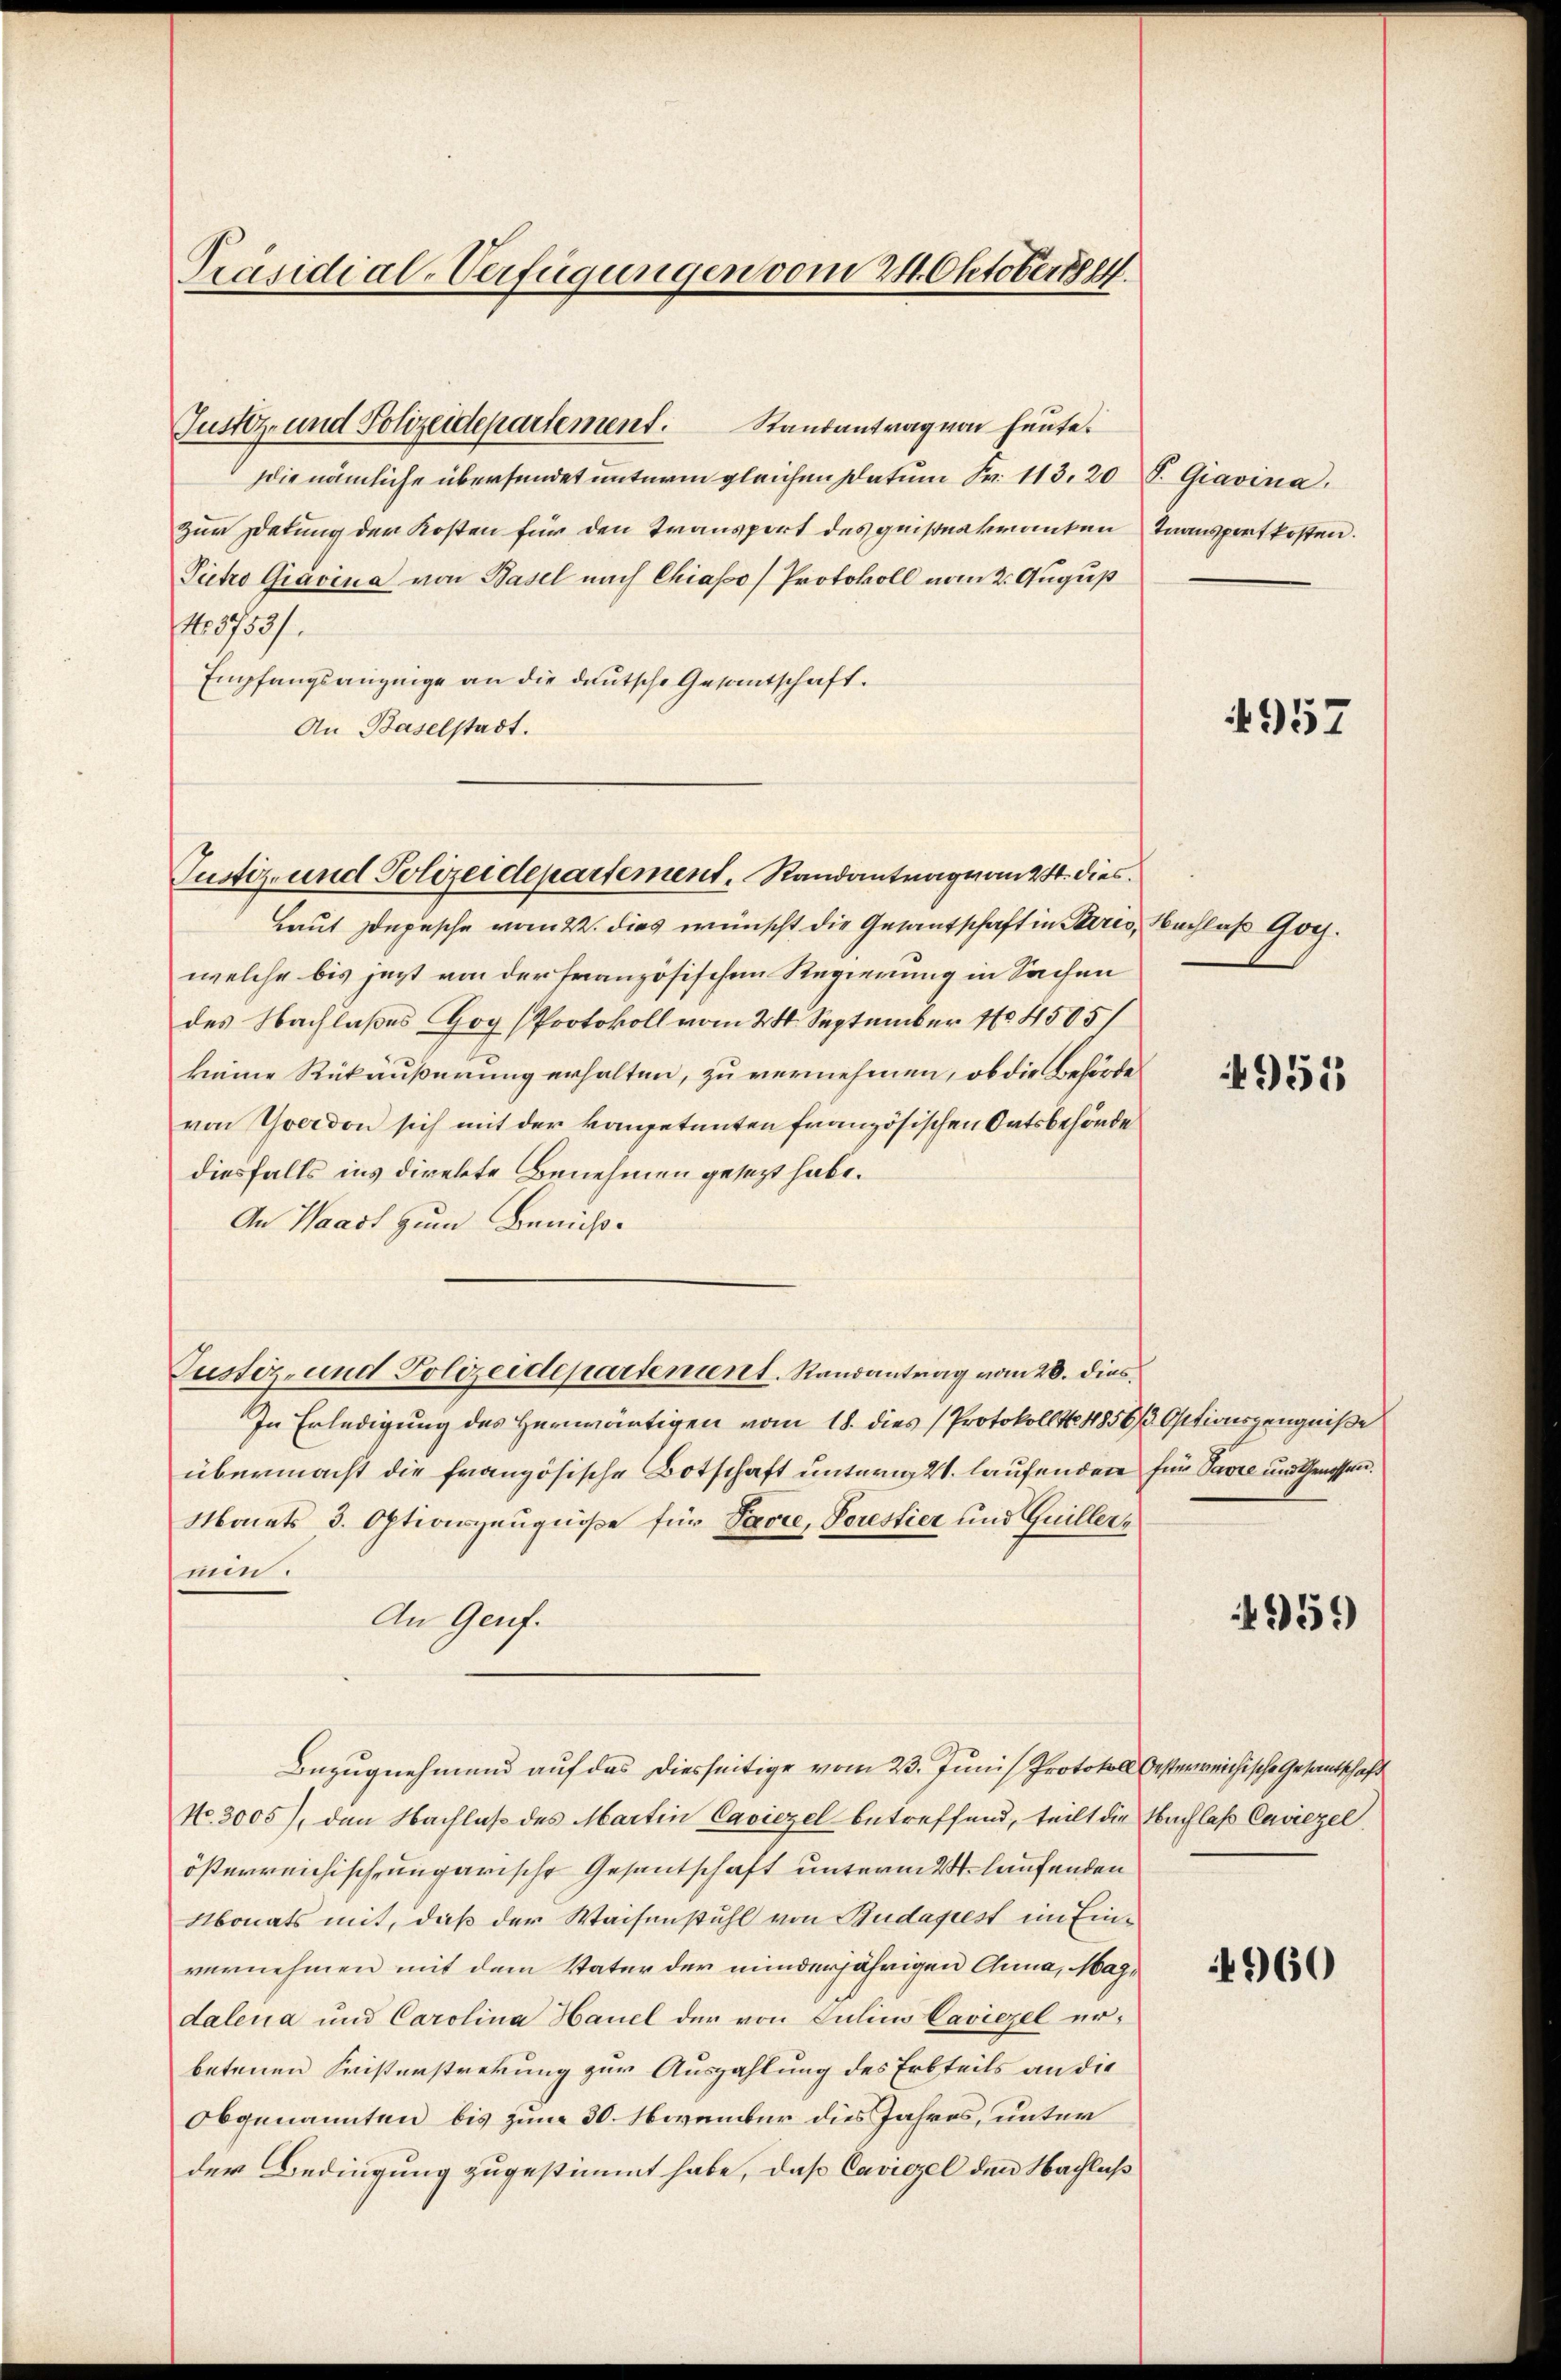
Präsidial-Verfügungen vom 24. Oktober.

Justiz- und Polizeidepartement. Randantrag von heute.
die nämliche übersendet unterm gleichen Datum Fr. 113. 20 S. Giavina,
zur Detung der Kosten für den Transport des quistnakranken Transportkosten.
Pietro Gravina von Basel nach Chiasso) Protokoll vom 2. August
No 8753/
Empfangsanzeige an die deutsche Gesantschaft.
An Baselstadt.
Laut Depesche vom 22. dies wünscht die Gesantschaft in Stiriswelche bis jezt von der französischen Regierung in Sachen
des Nachlaßes Gog (Protokoll vom 24. September 1804505/
keine Rükäußerung erhalten, zu vernehmen, ob die Behörde
von Yverdon sich mit der kompetenten französischen Ortsbehörde
diesfalls ins direkte Benehmen gesezt habe.
An Waadt zum Bericht¬
Justiz- und Polizeidepartement. Randantrag vom 20. dies
In Erledigung des Herwärtigen vom 18. dies Protokollst 4850/3 Ositionszeugniße
übermacht die französische Botschaft unterig. laufenden für Tavre und Genossen.
Monats 3. Optionszeugniße für Parre, Porestier und Guillernun.
An Genf.
Bezugnehmend auf das diesseitige vom 23. Juni Protokoll besterreichische Gesantschaft
No. 3005), den Nachlaß des Martin Caviezel betreffend, teilt die Nachlaß Caviezel
österreichisch-ungarische Gesantschaft unterm 24. laufenden
Monats mit, daß der Waisenstuhl von Budapest im Einvernehmen mit dem Vater der minderjährigen Anna, Magdalena und Carolina Hauel der von Julius Caviezel er-
betenen Keiserstrekung zur Auszahlung des Erbteils an die
Obgenannten bis zum 30. November dies Jahres, unter
der Bedingung zugestimmt habe, daß Caviezel den Nachlaß

Pustiz- und Polizeidepartement, Randantrag vom 24. dies

957

Nachlaß Gog.

4955

959

960